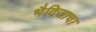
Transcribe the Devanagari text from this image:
भैदिजाचा